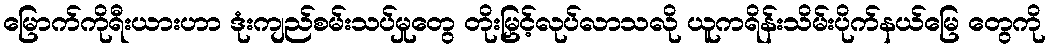
မြောက်ကိုရီးယားဟာ ဒုံးကျည်စမ်းသပ်မှုတွေ တိုးမြှင့်လုပ်လာသလို ယူကရိန်းသိမ်းပိုက်နယ်မြေ တွေကို